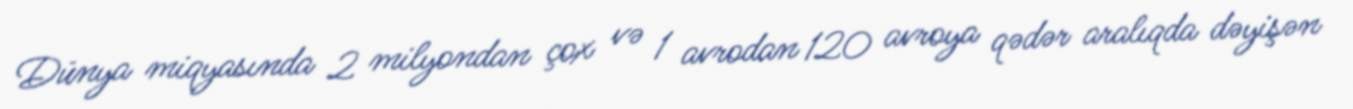
Dünya miqyasında 2 milyondan çox və 1 avrodan 120 avroya qədər aralıqda dəyişən